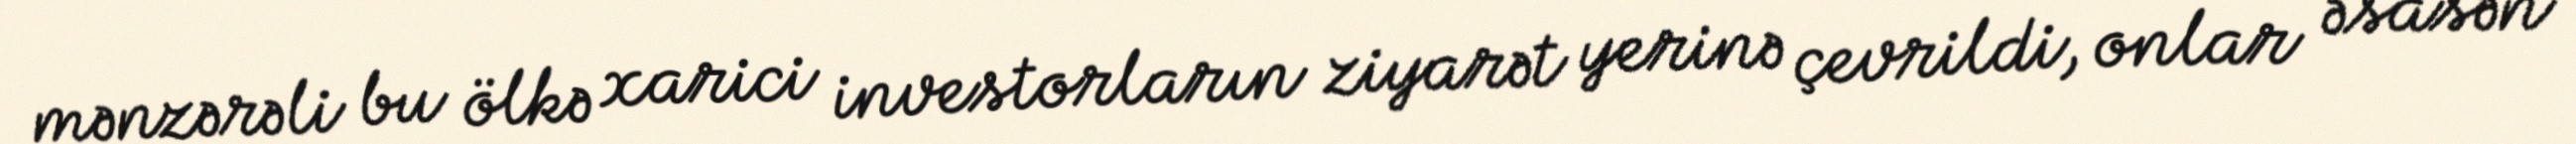
mənzərəli bu ölkə xarici investorların ziyarət yerinə çevrildi, onlar əsasən